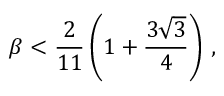
\beta < \frac { 2 } { 1 1 } \left( 1 + \frac { 3 \sqrt { 3 } } { 4 } \right) \, ,